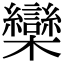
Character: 欒